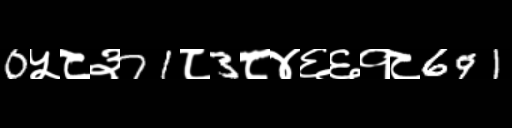
Text: 0५८३71८3८४६६१८691